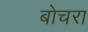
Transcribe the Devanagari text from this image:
बोचरा